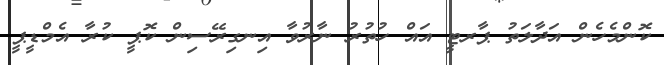
ކޮންމެހެން އަދާލަތު ޕާރޓީ އައް ހުތުރު ނާރުވާ އިނގިރޭސިން ކޮޕީ ކުރާ އެމްޑީޕީ